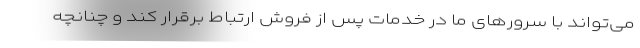
می‌تواند با سرورهای ما در خدمات پس از فروش ارتباط برقرار کند و چنانچه